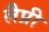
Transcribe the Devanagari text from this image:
लैप्री